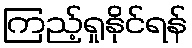
ကြည့်ရှုနိုင်ရန်